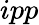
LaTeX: ipp